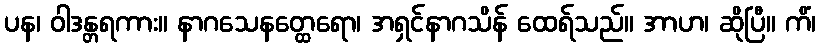
ပန၊ ဝါဒန္တရကား။ နာဂသေနတ္ထေရော၊ အရှင်နာဂသိန် ထေရ်သည်။ အာဟ၊ ဆိုပြီ။ ကိံ၊